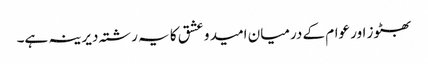
بھٹوز اور عوام کے درمیان امید و عشق کا یہ رشتہ دیرینہ ہے۔